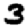
Digit: 3